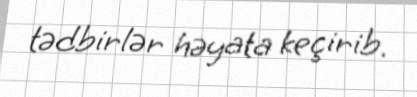
tədbirlər həyata keçirib.